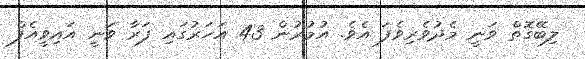
ލިބޭގޮތް ވަނީ މެދުވެރިވެފަ އެވެ. އުމުރުން 43 އަހަރުގައި ފަރާ ވަނީ އައިވީއެފް